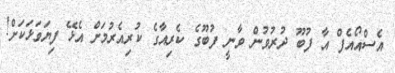
އެސްއޯއެފް އާ ފުބޫ ދުރުވުން ވާނީ ފުބޫގެ ކެރިއާގެ ކުރިއެރުމަށް އެޅޭ ފިޔަވަޅަކަށް!